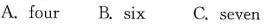
A.four B. six C. seven